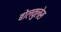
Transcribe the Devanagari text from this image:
बोलवुलेस